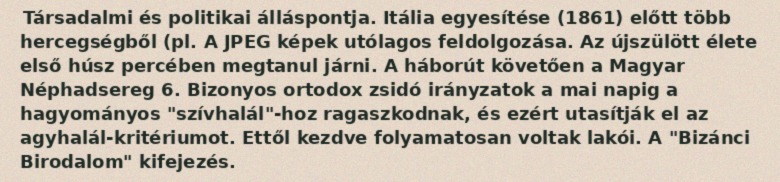
Társadalmi és politikai álláspontja. Itália egyesítése (1861) előtt több hercegségből (pl. A JPEG képek utólagos feldolgozása. Az újszülött élete első húsz percében megtanul járni. A háborút követően a Magyar Néphadsereg 6. Bizonyos ortodox zsidó irányzatok a mai napig a hagyományos "szívhalál"-hoz ragaszkodnak, és ezért utasítják el az agyhalál-kritériumot. Ettől kezdve folyamatosan voltak lakói. A "Bizánci Birodalom" kifejezés.